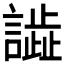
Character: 𧬃